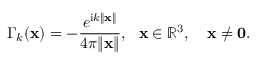
\Gamma _ { k } ( \mathbf { x } ) = - \frac { e ^ { \mathrm { i } k \| \mathbf { x } \| } } { 4 \pi \| \mathbf { x } \| } , ~ ~ \mathbf { x } \in \mathbb { R } ^ { 3 } , \quad \mathbf { x } \neq \mathbf { 0 } .